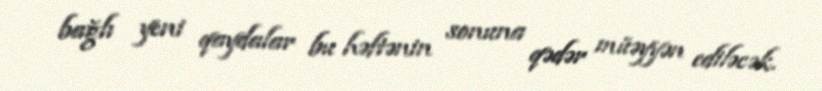
bağlı yeni qaydalar bu həftənin sonuna qədər müəyyən ediləcək.